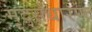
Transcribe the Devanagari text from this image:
मृद्‌संधारण